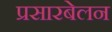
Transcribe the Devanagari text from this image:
प्रसारबेलन